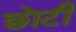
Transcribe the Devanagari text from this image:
छॊटी